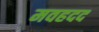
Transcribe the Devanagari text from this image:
मवहदद